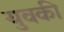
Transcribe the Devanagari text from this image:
युवकी